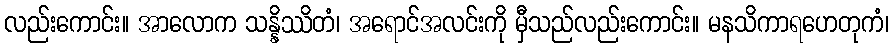
လည်းကောင်း။ အာလောက သန္နိဿိတံ၊ အရောင်အလင်းကို မှီသည်လည်းကောင်း။ မနသိကာရဟေတုကံ၊